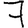
Digit: 7